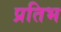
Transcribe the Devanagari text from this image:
प्रतिभ